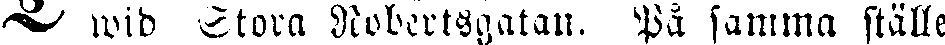
I wid Stora Robertsgatan. På samma ställe